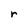
Character: r